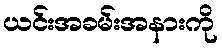
ယင်းအခမ်းအနားကို